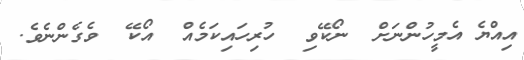
އިއްޔެ އެމީހުންނަށް  ނޯކޭވި  ހުރިހައިކަމެއް  އޯކޭ  ވެގެންނެވެ.